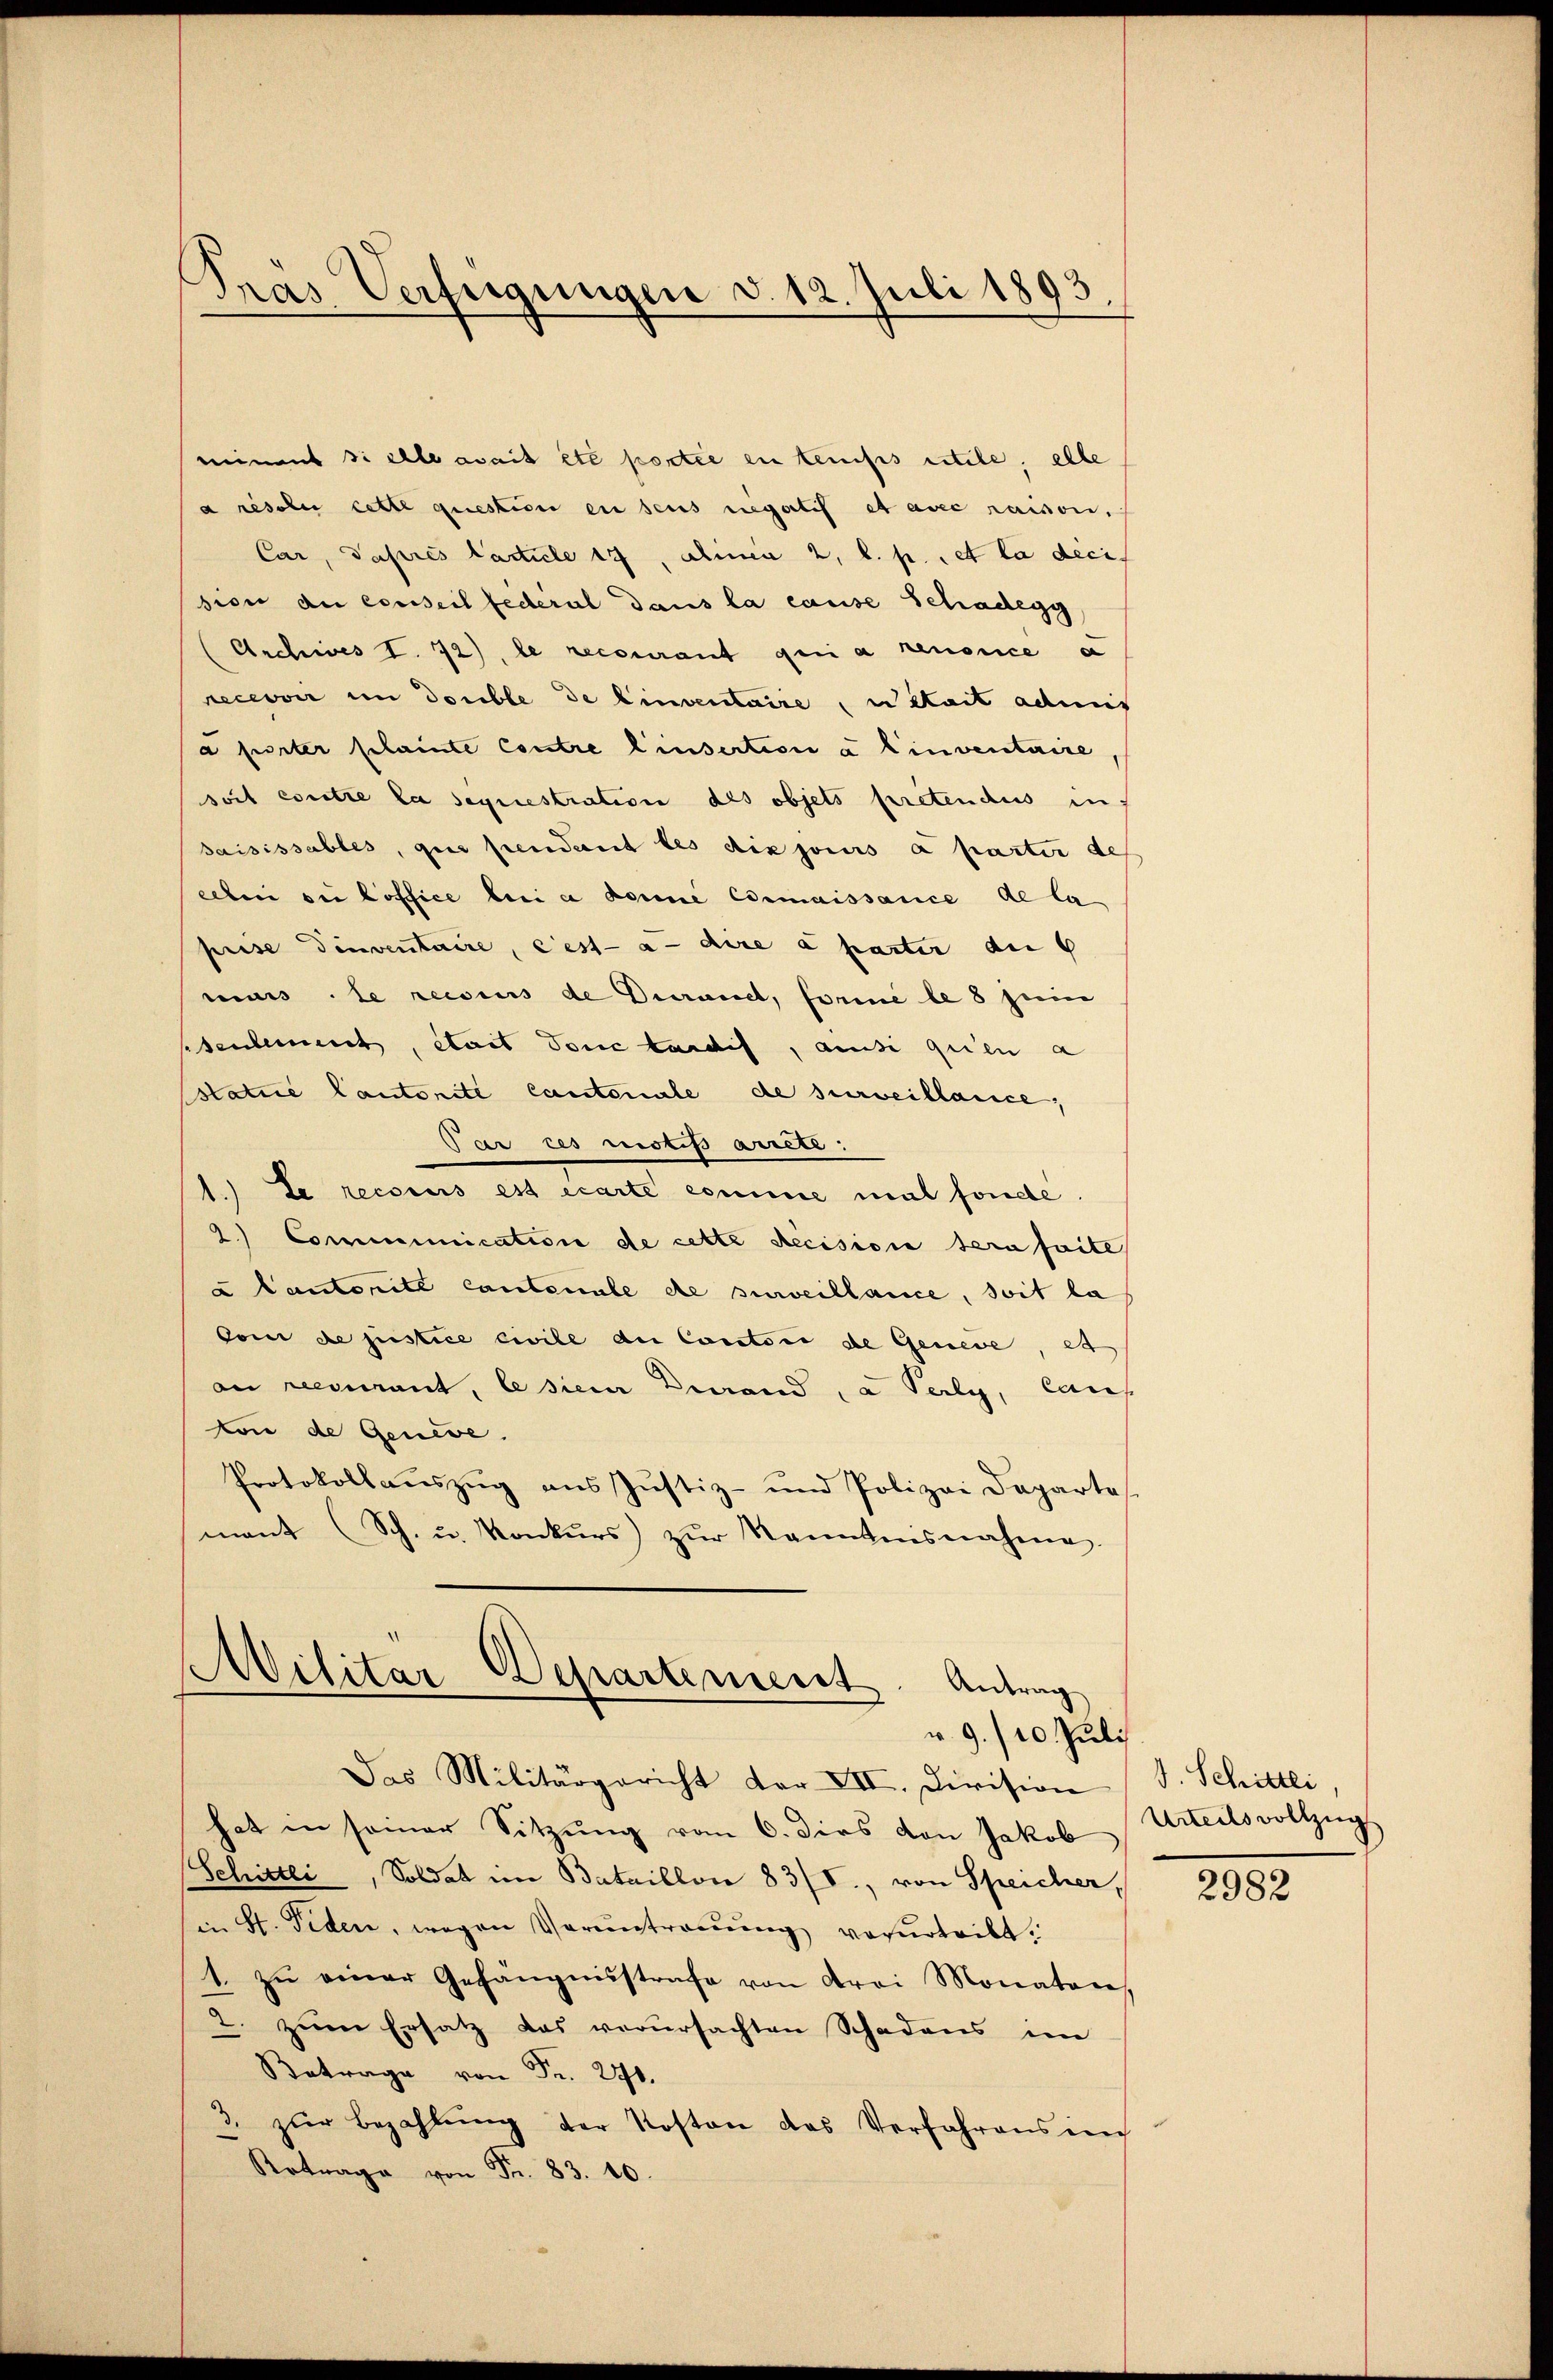
Pras Verfügungen d. 12. Juli 1893

miment si elle avait etc portée en teusis utile, elle
a resolue cette questice en dens negatis et avec raison.
Car, Taprés Carticle 17, Alinea 2. l. p. et la dicision du conseil federal dans la cause Schadegg
Archives I. 72), le recourant qui a renonce a
recevoir im Double de Einventaire, un était admis
a förter plainte Contre l’insertion a l’inventaire,
soit contre la sequestration als objets pretendus in
saisissables, ques pendant les dix jours à parter de
ellen der office bei a donne connaissance de la
prise Tinventaire, cest-à-dire à parter an
murs le recius de Decanet, forme le 8 sei
denbereich, etat Tone kundis, ansi quien a
sstatie Cantonité Cantonale de surveillance,
Par les mictis arrete:
1.) Le recours est écarte comme mal fonde.
2.) Communication de cette Recision sera faite
u Cantonite Cantonale de surveillance, soit la
Coni de justice civile du Cantoni de Geneve, et
an recourant, lesiere Darand, a Perly, Canf
wie de Geneve.
Protokollauszug aus Justiz- und Polizei Departe
mant (Sch. u. Konkŭrs zŭr Kanntnisnahme.

Militar
Departement. Antrag
r 9/10. Juli
Das Militärgericht der XII. Division

hat in seiner Sitzung vom 6. dies von Jakob
Schrittli, Soldat im Bataillon 83/I., von Speicher,
in St. Fiden, wegen Veruntreuung verurteilt.
1. zŭ einer Gefängnisstrafe von drei Monaten
2. zum Ersatz das verursachten Schadens im
Betrage von Fr. 271.
3. zŭr Bezahlŭng der Kosten das Verfahrens in
Retrage von Fr. 83. 10.

J. Schittli,
Urteils vollzug

2982